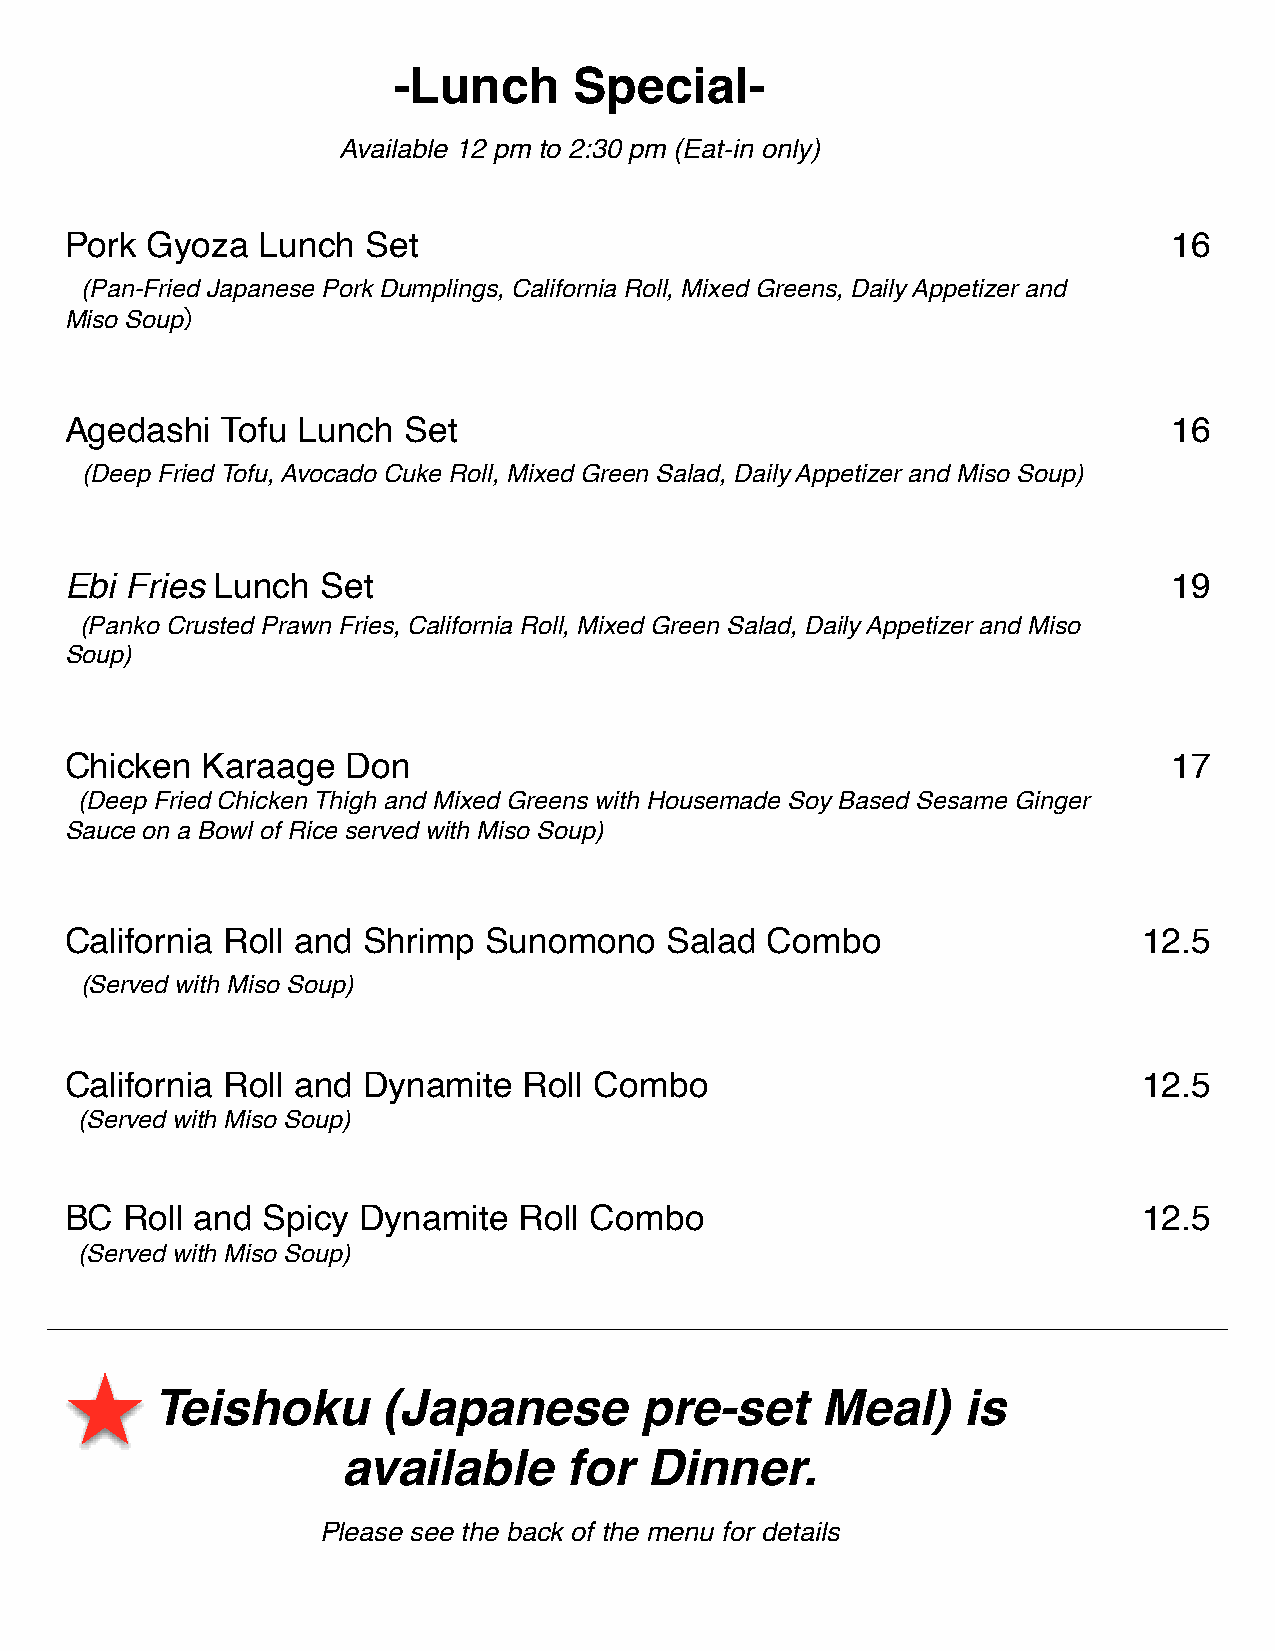
-Lunch      Special-
 Available 12 pm to 2:30 pm (Eat-in only)
 Pork  Gyoza  Lunch  Set                                                   16
 (Pan-Fried Japanese Pork Dumplings, California Roll, Mixed Greens, Daily Appetizer and
 Miso Soup）
 Agedashi   Tofu Lunch  Set                                                16
 (Deep Fried Tofu, Avocado Cuke Roll, Mixed Green Salad, Daily Appetizer and Miso Soup)
 Ebi Fries Lunch  Set                                                      19
 (Panko Crusted Prawn Fries, California Roll, Mixed Green Salad, Daily Appetizer and Miso
 Soup)
 Chicken  Karaage   Don                                                    17
 (Deep Fried Chicken Thigh and Mixed Greens with Housemade Soy Based Sesame Ginger
 Sauce on a Bowl of Rice served with Miso Soup)
 California Roll and Shrimp  Sunomono    Salad  Combo                    12.5
 (Served with Miso Soup)
 California Roll and Dynamite   Roll Combo                               12.5
 (Served with Miso Soup)
 BC  Roll and Spicy  Dynamite  Roll Combo                                12.5
 (Served with Miso Soup)
 Teishoku       (Japanese        pre-set     Meal)     is
 available      for  Dinner.
 Please see the back of the menu for details